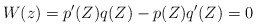
\begin{align*}W(z) = p'(Z) q(Z) - p(Z) q'(Z)=0\end{align*}